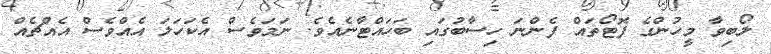
ލޯބިވާ މީހުންގެ ފޮޓޯތައް ފެންނަ ހިސާބުގައި ބަހައްޓާނެއެވެ. ނަމަވެސް އެކަހަލަ އެއްވެސް އެއްޗެއް